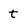
Character: t